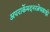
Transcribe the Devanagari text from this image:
अपरार्केमदनरत्नेचब्राह्मे